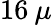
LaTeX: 16\: \mu